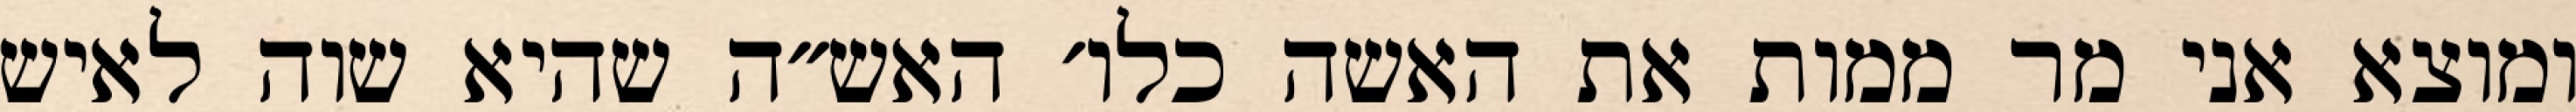
ומוצא אני מר ממות את האשה כלו׳ האש״ה שהיא שוה לאיש